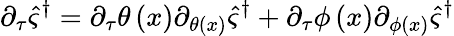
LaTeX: \partial_{\tau}\hat{\varsigma}^{\dagger}=\partial_{\tau}\theta\left(x\right)\partial_{\theta\left(x\right)}\hat{\varsigma}^{\dagger}+\partial_{\tau}\phi\left(x\right)\partial_{\phi\left(x\right)}\hat{\varsigma}^{\dagger}